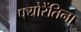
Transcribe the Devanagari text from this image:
फ्योरेंतिना